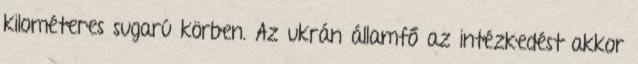
kilométeres sugarú körben. Az ukrán államfő az intézkedést akkor